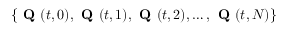
\{ \textbf { Q } ( t , 0 ) , \textbf { Q } ( t , 1 ) , \textbf { Q } ( t , 2 ) , \dots , \textbf { Q } ( t , N ) \}